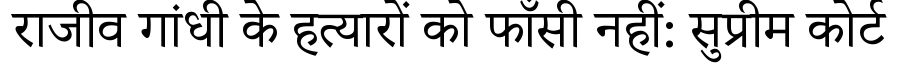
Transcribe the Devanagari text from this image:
राजीव गांधी के हत्यारों को फाँसी नहीं: सुप्रीम कोर्ट